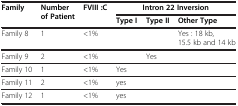
<table><thead><tr><td rowspan="2"><b>Family</b></td><td rowspan="2"><b>Number of Patient</b></td><td rowspan="2"><b>FVIII :C</b></td><td colspan="3"><b>Intron 22 Inversion</b></td></tr><tr><td><b>Type I</b></td><td><b>Type II</b></td><td><b>Other Type</b></td></tr></thead><tbody><tr><td>Family 8</td><td>1</td><td>&lt;1%</td><td> </td><td> </td><td>Yes : 18 kb, 15.5 kb and 14 kb</td></tr><tr><td>Family 9</td><td>2</td><td>&lt;1%</td><td> </td><td>Yes</td><td> </td></tr><tr><td>Family 10</td><td>1</td><td>&lt;1%</td><td>Yes</td><td> </td><td> </td></tr><tr><td>Family 11</td><td>2</td><td>&lt;1%</td><td>yes</td><td> </td><td> </td></tr><tr><td>Family 12</td><td>1</td><td>&lt;1%</td><td>yes</td><td> </td><td> </td></tr></tbody></table>